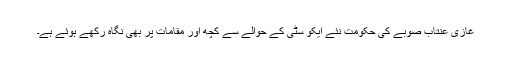
غازی عنتاب صوبے کی حکومت نئے ایکو سٹی کے حوالے سے کچھ اور مقامات پر بھی نگاہ رکھے ہوئے ہے۔